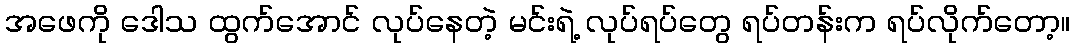
အဖေကို ဒေါသ ထွက်အောင် လုပ်နေတဲ့ မင်းရဲ့ လုပ်ရပ်တွေ ရပ်တန်းက ရပ်လိုက်တော့။